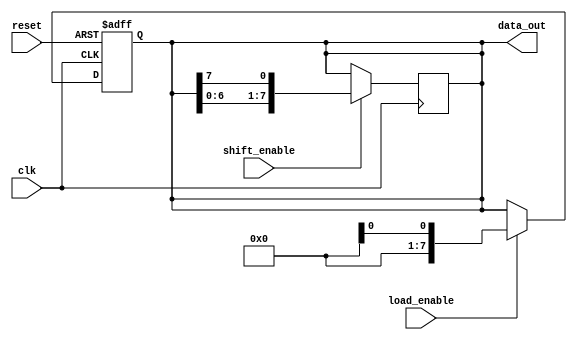
module pipo_shift_register (
    input wire clk,             // Clock input
    input wire reset,           // Reset input
    input wire load_enable,     // Input for parallel loading of data
    input wire shift_enable,    // Input for shifting data through flip-flops
    output reg [7:0] data_out   // Parallel output of data
);

reg [7:0] data_register;       // Data register to store input data

// Sequential logic block for parallel loading of data
always @(posedge clk or posedge reset) begin
    if (reset) begin
        data_register <= 8'h00;    // Reset data_register to all zeros
    end else if (load_enable) begin
        data_register <= data_in;  // Load data_in into data_register
    end
end

// Sequential logic block for shifting data through flip-flops
always @(posedge clk) begin
    if (shift_enable) begin
        data_register <= {data_register[6:0], data_register[7]}; // Shift data bit by bit
    end
end

// Assign data_out to the value stored in data_register for parallel output
assign data_out = data_register;

endmodule